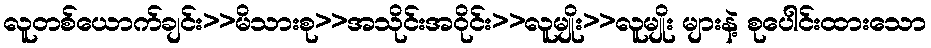
လူတစ်ယောက်ချင်း>>မိသားစု>>အသိုင်းအဝိုင်း>>လူမျိုး>>လူမျိုး များနဲ့ စုပေါင်းထားသော